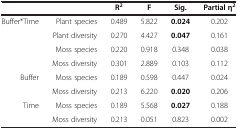
|  |  | R2 | F | Sig. | Partial η2 |
 | --- | --- | --- | --- | --- | --- |
 | Buffer*Time | Plant species | 0.489 | 5.822 | 0.024 | 0.202 |
 |  | Plant diversity | 0.270 | 4.427 | 0.047 | 0.161 |
 |  | Moss species | 0.220 | 0.918 | 0.348 | 0.038 |
 |  | Moss diversity | 0.301 | 2.889 | 0.103 | 0.112 |
 | Buffer | Moss species | 0.189 | 0.598 | 0.447 | 0.024 |
 |  | Moss diversity | 0.213 | 6.220 | 0.020 | 0.206 |
 | Time | Moss species | 0.189 | 5.568 | 0.027 | 0.188 |
 |  | Moss diversity | 0.213 | 0.051 | 0.823 | 0.002 |